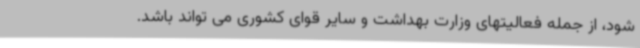
شود، از جمله فعالیتهای وزارت بهداشت و سایر قوای کشوری می تواند باشد.